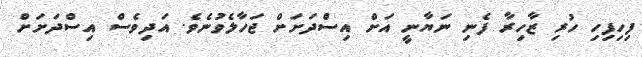
ފިހިފިހި ހުރި ޒާހިރާ ފެނި ނަޔާނީ އަށް އިސްދަށަށް ޖަހާލެވުނެވެ. އަދިވެސް އިސްދަށަށް